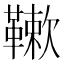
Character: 𩌱